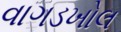
વાગડખોલ